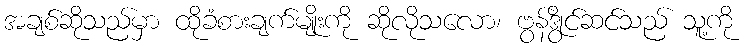
အချစ်ဆိုသည်မှာ ထိုခံစားချက်မျိုးကို ဆိုလိုသလော၊ ဗွန်ဒွိုင်ဆင်သည် သူ့ကို